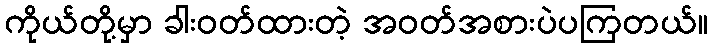
ကိုယ်တို့မှာ ခါးဝတ်ထားတဲ့ အဝတ်အစားပဲပကြတယ်။